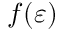
f ( \varepsilon )